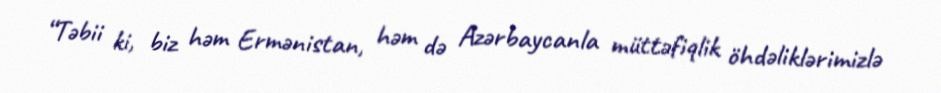
“Təbii ki, biz həm Ermənistan, həm də Azərbaycanla müttəfiqlik öhdəliklərimizlə